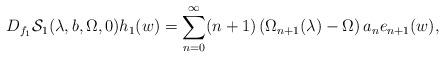
LaTeX: \begin{align*}D_{f_{1}}\mathcal{S}_{1}(\lambda,b,\Omega,0)h_{1}(w)=\sum_{n=0}^{\infty}(n+1)\left(\Omega_{n+1}(\lambda)-\Omega\right)a_{n}e_{n+1}(w),\end{align*}